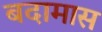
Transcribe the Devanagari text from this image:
बदामास